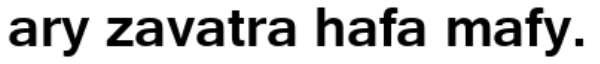
ary zavatra hafa mafy.